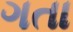
ગતા